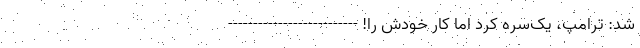
شد: ترامپ، یک‌سره کرد اما کار خودش را! --------------------------